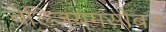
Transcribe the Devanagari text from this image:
बेल्जियमसोबत